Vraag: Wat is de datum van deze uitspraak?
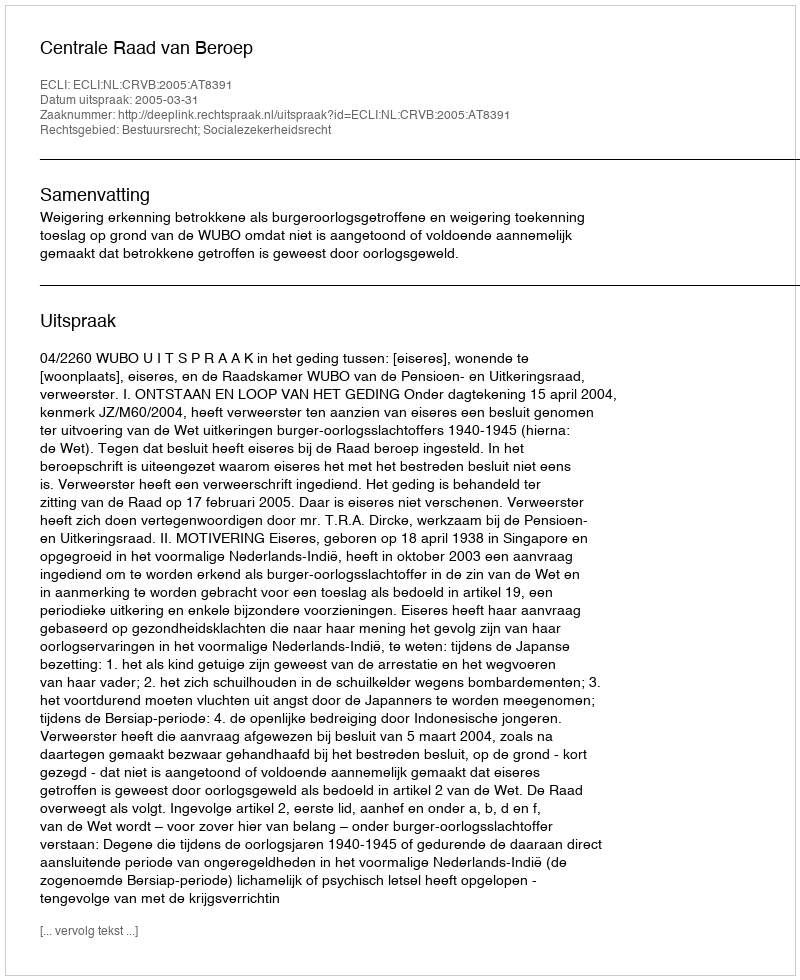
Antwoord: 2005-03-31